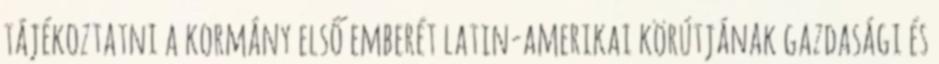
tájékoztatni a kormány első emberét latin-amerikai körútjának gazdasági és